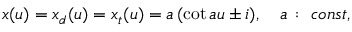
x ( u ) = x _ { d } ( u ) = x _ { t } ( u ) = a \, ( \cot a u \pm i ) , \quad a \, : \ c o n s t ,